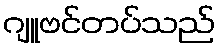
ဂျူဗင်တပ်သည်